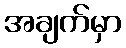
အချက်မှာ